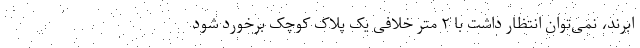
ابرند، نمی‌توان انتظار داشت با ۲ متر خلافی یک پلاک کوچک برخورد شود